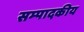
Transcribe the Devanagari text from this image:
सम्‍पादकीय